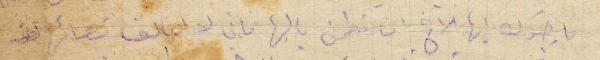
ارجوك أيها الأخ ان تطمن بالها فاني لا اخالف نصائحها